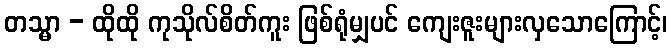
တသ္မာ - ထိုထို ကုသိုလ်စိတ်ကူး ဖြစ်ရုံမျှပင် ကျေးဇူးများလှသောကြောင့်၊